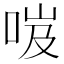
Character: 𠲺